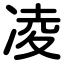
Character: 凌